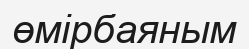
өмірбаяным